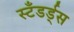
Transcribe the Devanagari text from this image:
स्टँडर्ड्‌स